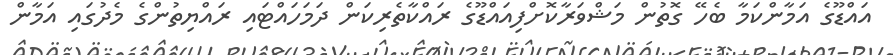
އައްޑޫގެ އަމާންކަމާ ބެހޭ ގޮތުން މަޝްވަރާކޮށްފިއައްޑޫގެ ރައްކާތެރިކަން ދަމަހައްޓައި ރައްޔިތުންގެ މެދުގައި އަމާން